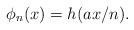
\begin{align*}\phi_n(x)= h(a x/ n).\end{align*}